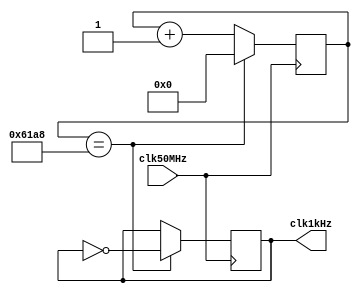
//Justin Thwaites
//50MHz to 1kHz
module Clock_divider(

	output		  	   			clk1kHz,
	input								clk50MHz
);
parameter clkdivide= 50000;//how much you want to divide the clock
reg flash; 
reg [30:0] count=0;


assign clk1kHz= flash;


always @(posedge clk50MHz) begin
	if(count<<1==clkdivide) begin//shifted to be half the parameter so that the flash signal can go high then low taking 2 inversions.
	count=31'b0;
	flash= ~flash;
	end
	else count = count + 1;
end



endmodule